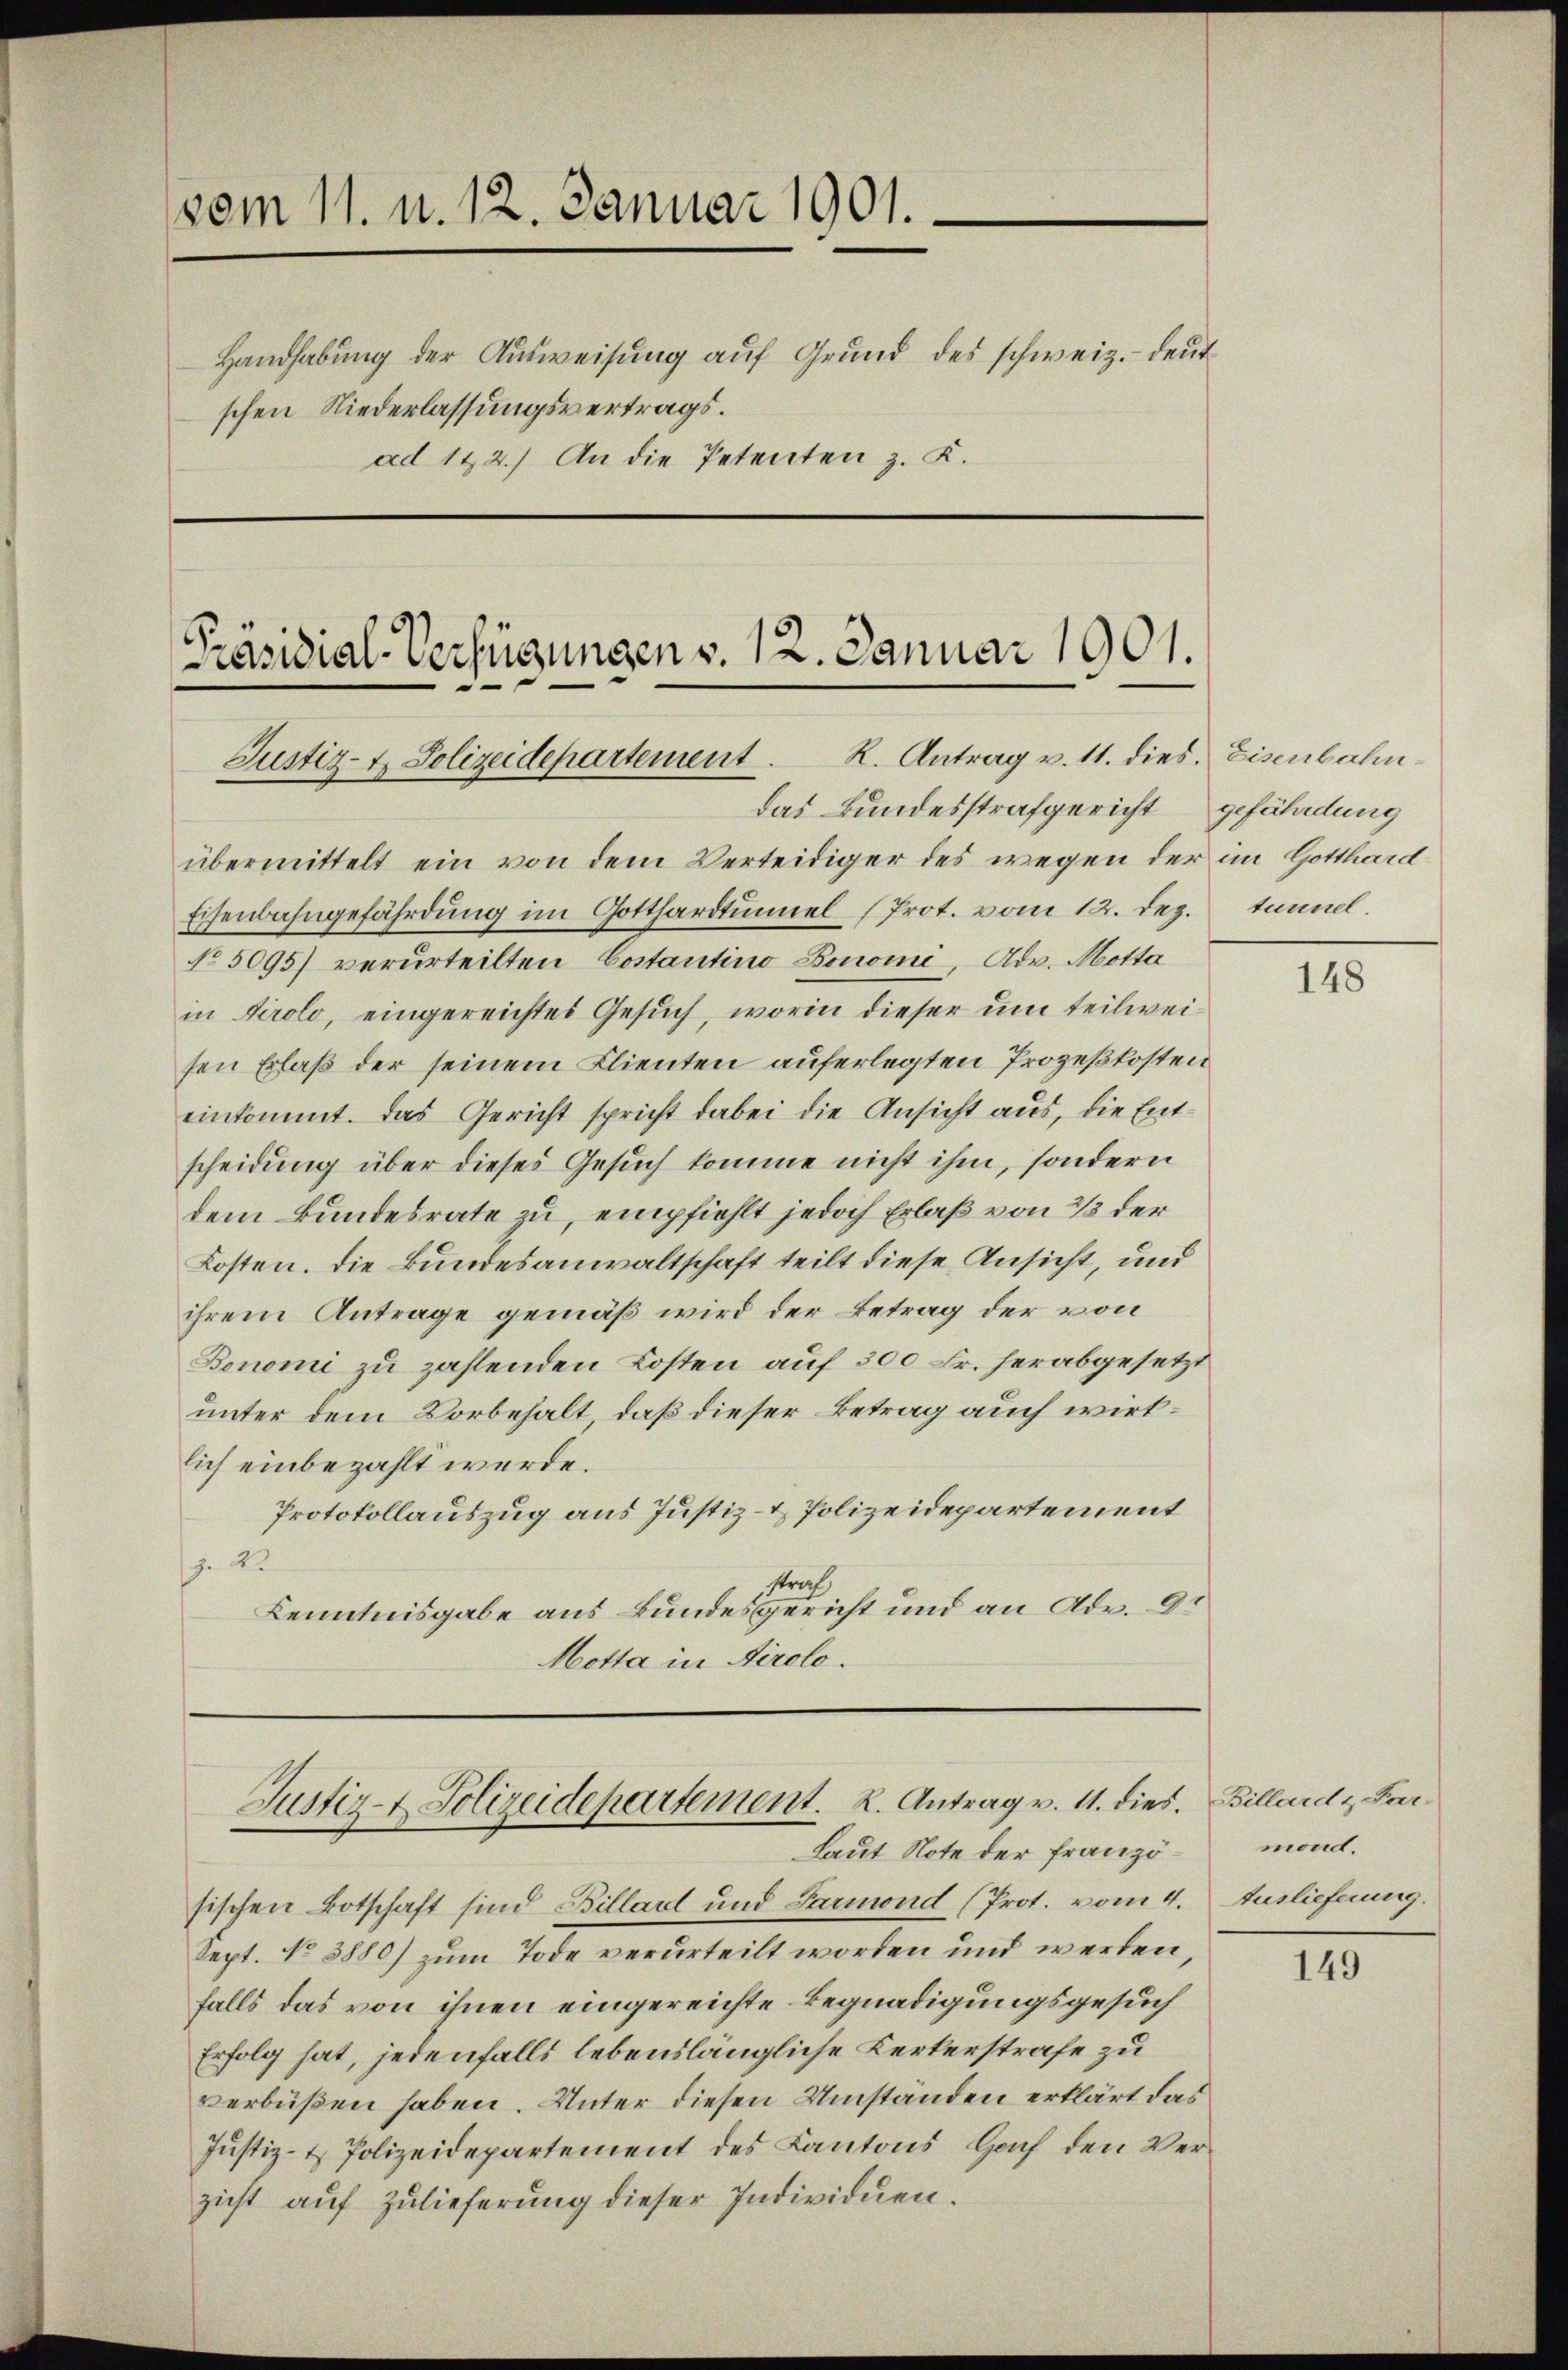
vom 11. u. 12. Januar 1901.
Handhabung der Ausweisung auf Grund des schweiz.- deutschen Niederlassungsvertrags.
ad 122.) An die Petenten z. K.

Präsidial-Verfügungen v. 12. Januar 1901.
Justiz- & Polizeidepartement . K. Antrag v. 11. dies. Eisenbahn¬

übermittelt ein von dem Verteidiger des wegen der im Gotthard
Eisenbahngefährdung im Gotthardtunnel (Prot. vom 12. Dez. tammel.
No 5095) verurteilten Costantino Bonomi, Adv. Motta
in Tirolo, eingereichtes Gesuch, worin dieser um teilweisen Erlaß der seinem Flienten auferlegten Prozeßkosten
einkommt. Das Gericht spricht dabei die Ansicht aus, die Entscheidung über dieses Gesuch komme nicht ihm, sondern
dem Bundesrate zu, empfiehlt jedoch Erlaß von 2/3 der
Kosten. Die Bundesanwaltschaft teilt diese Ansicht, und
ihrem Antrage gemäß wird der Betrag der von
Bonomi zu zahlenden Kosten auf 300 Fr. herabgesetzt
unter dem Vorbehalt, daß dieser Betrag auch wirksich einbezahlt werde.
Protokollauszug aus Justiz- & Polizeidepartement
. 22.
straf
Kenntnisgabe aus Bundesgericht und an Ade. 9t
Motta in Airolo.

das Bundesstrafgericht gefährdung

Justiz- & Polizeidepartement. K. Antrag v. 11. dies. Billard & Par¬
Laut Note der franzö¬

sischen Botschaft sind Billadt und Garmond (Prot. vom 4.
Sept. No 3880) zum Tode verurteilt worden und werden,
falls das von ihnen eingereichte Begnadigungsgesuch
Erfolg hat, jedenfalls lebenslängliche Kerkerstrafe zu
verbüßen haben. Unter diesen Umständen erklärt das
Justiz- & Polizeidepartement des Kantons Hoch den Verzicht auf Zulieferung dieser Individuen.

148

mond.
Auslieferung.

149